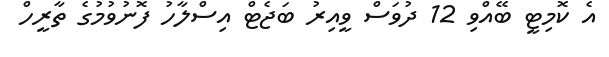
އެ ކޮމިޓީ ބޭއްވި 12 ދުވަސް ވީއިރު ބަޖެޓް އިސްލާހު ފޮނުވުމުގެ ތާރީހް